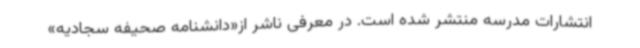
انتشارات مدرسه منتشر شده است. در معرفی ناشر از«دانشنامه صحیفه سجادیه»